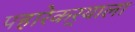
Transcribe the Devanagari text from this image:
पहारेकर्‍याला